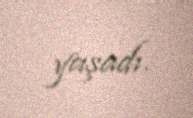
yaşadı.